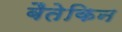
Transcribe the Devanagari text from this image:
बैतेकिन